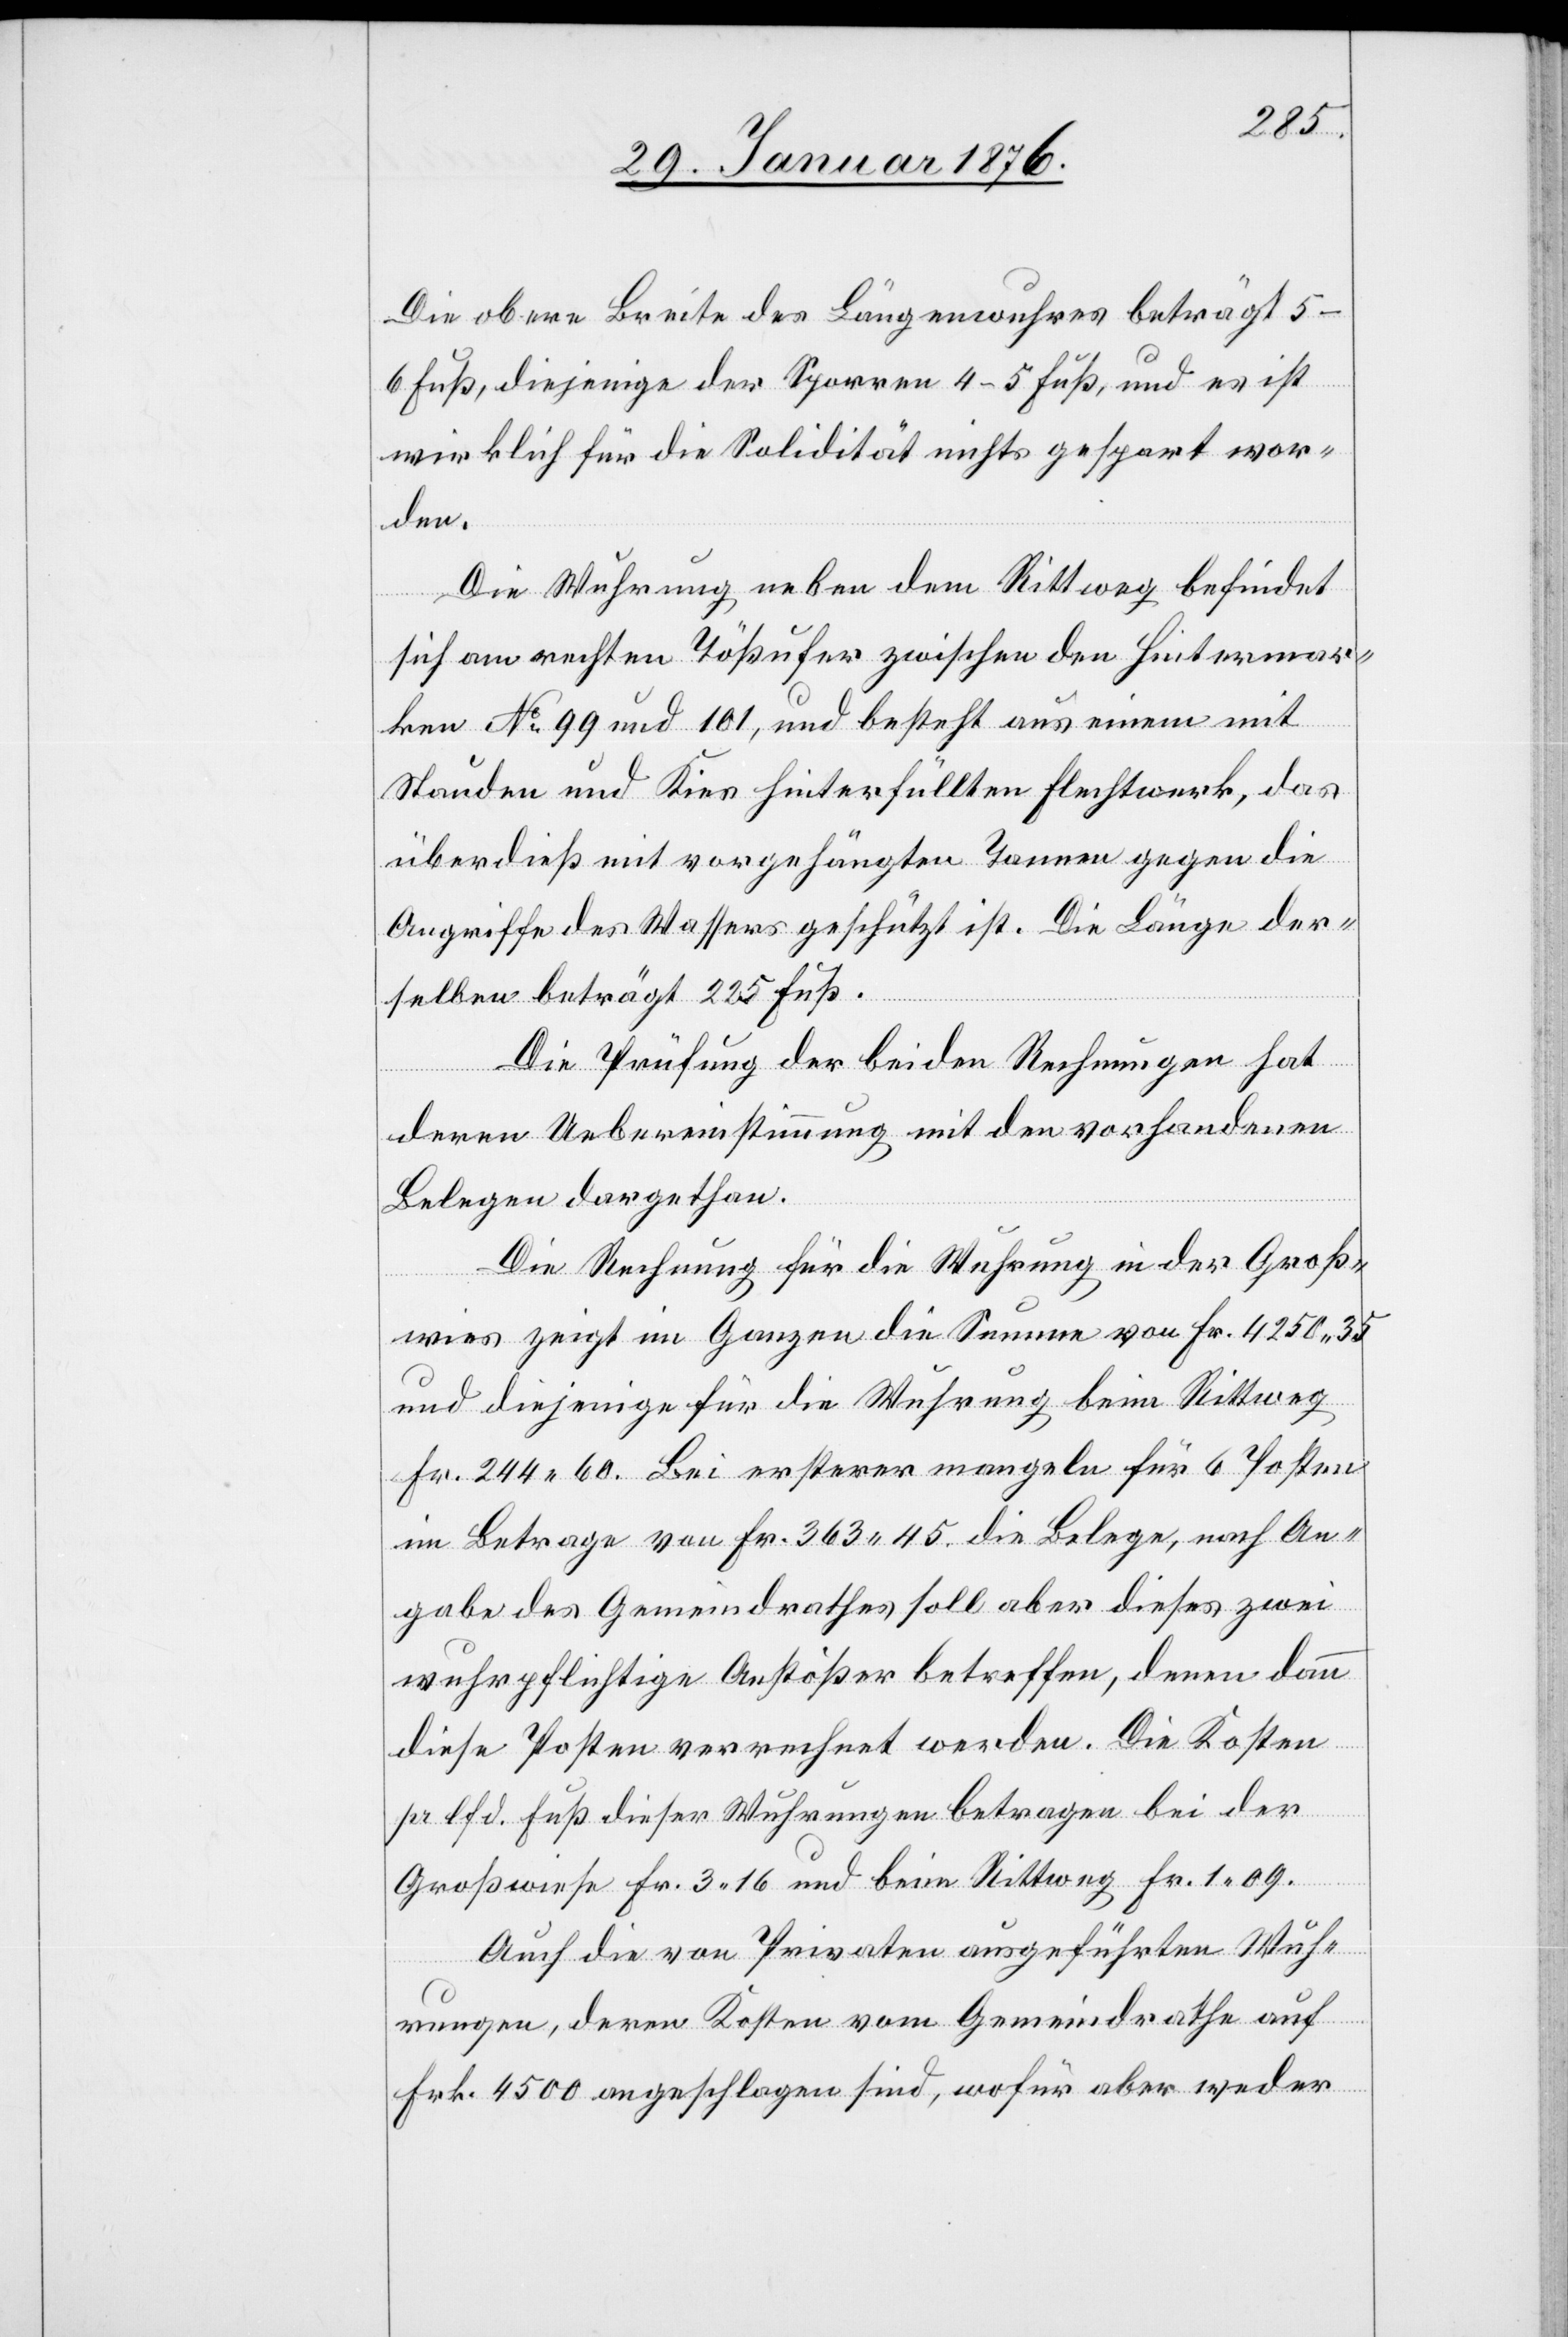
Die obere Breite des Längenwuhres beträgt 5–6
Fuß, diejenige der Sporren 4–5 Fuß, und es ist
wirklich für die Solidität nichts gespart wor¬
den.
Die Wuhrung neben dem Rittweg befindet
sich am rechten Tößufer zwischen den Hintermar¬
ken No. 99 und 101, und besteht aus einem mit
Stauden und Kies hinterfüllten Flechtwerk, das
überdieß mit vorgehängten Tannen gegen die
Angriffe des Wassers geschützt ist. Die Länge der¬
selben beträgt 225 Fuß.
Die Prüfung der beiden Rechnungen hat
deren Uebereinstimmung mit den vorhandenen
Belegen dargethan.
Die Rechnung für die Wuhrung in der Groß¬
wies zeigt im Ganzen die Summe von Fr. 4250.35
und diejenige für die Wuhrung beim Rittweg
Fr. 244.60. Bei ersterer mangeln für 6 Posten
im Betrage von Fr. 363.45 die Belege, nach An¬
gabe des Gemeindrathes soll aber dieses zwei
wuhrpflichtige Anstößer betreffen, denen dann
diese Posten verrechnet werden. Die Kosten
pr. lfd. Fuß dieser Wuhrung betragen bei der
Großwiese Fr. 3.16 und beim Rittweg Fr. 1.09.
Auch die von Privaten ausgeführten Wuh¬
rungen, deren Kosten vom Gemeindrath auf
Frk. 4500 angeschlagen sind, wofür aber weder